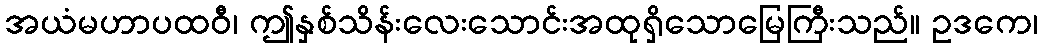
အယံမဟာပထဝီ၊ ဤနှစ်သိန်းလေးသောင်းအထုရှိသောမြေကြီးသည်။ ဥဒကေ၊